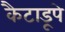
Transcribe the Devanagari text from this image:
कैटाडूपे